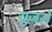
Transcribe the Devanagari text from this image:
युजरों